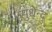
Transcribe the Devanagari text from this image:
सुधेन्दु